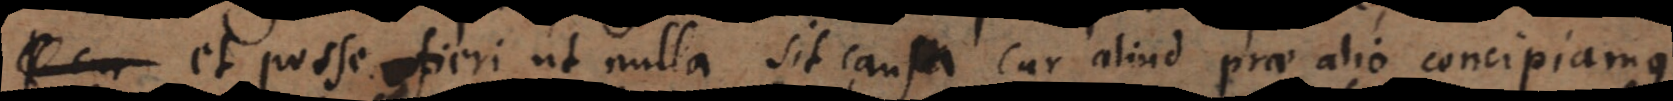
et posse fieri ut nulla sit causa cur aliud prae alio concipiamus.